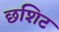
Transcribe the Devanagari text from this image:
छशिट